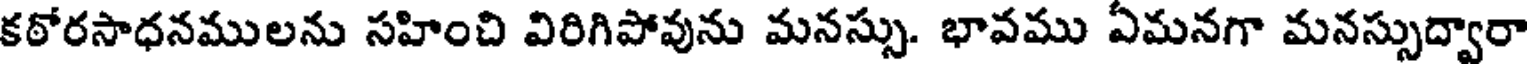
కఠోరసాధనములను సహించి విరిగిపోవును మనస్సు. భావము ఏమనగా మనస్సుద్వారా